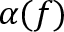
\alpha ( f )